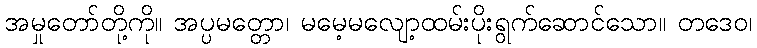
အမှုတော်တို့ကို။ အပ္ပမတ္တော၊ မမေ့မလျော့ထမ်းပိုးရွက်ဆောင်သော။ တဒေဝ၊